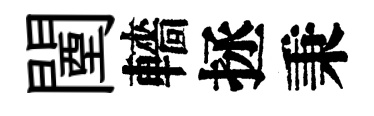
闉轖拯秉